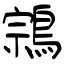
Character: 鶎